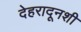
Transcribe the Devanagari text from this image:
देहरादूनशी